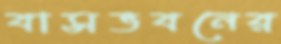
বাসভবনের